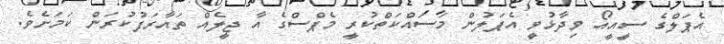
އެޕަލްގެ ސީއީއޯ ވިދާޅުވީ އެޕަލުން މަސައްކަތްކުރީ މެޕްސްގެ އާ ޖީލެއް ތައާރަފުކުރަން ކަމަށެވެ.